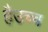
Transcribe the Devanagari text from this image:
हैउच्च